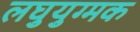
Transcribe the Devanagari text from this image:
लघुयुग्मक